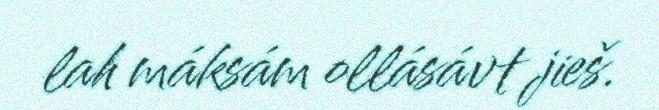
lah máksám ollásávt jieš.